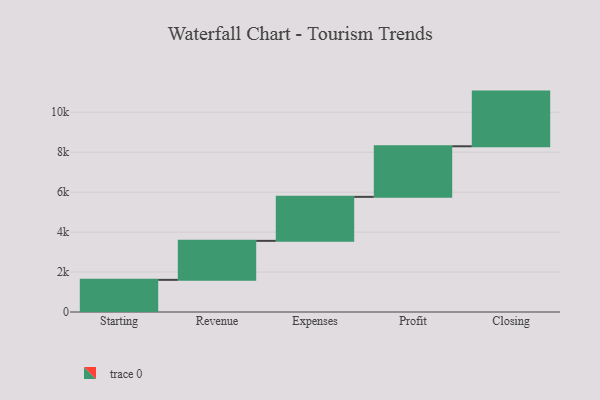
{"axis": {"x": "Step", "y": "Value"}, "legend": [""], "data": [{"x": "Starting", "y": 1610.0, "type": ""}, {"x": "Revenue", "y": 1952.0, "type": ""}, {"x": "Expenses", "y": 2204.0, "type": ""}, {"x": "Profit", "y": 2532.0, "type": ""}, {"x": "Closing", "y": 2738.0, "type": ""}]}